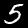
Digit: 5